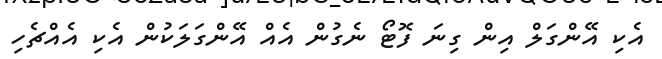
އެކި އޭންގަލް އިން ގިނަ ފޮޓޯ ނެގުން އެއް އޭންގަލަކުން އެކި އެއްޗެހި